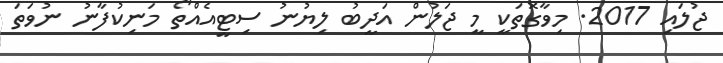
ޖުލައި 2017. މިވާގޮތަކީ މީ ޖަލުން އަދީބު ލިޔުނު ސިޓީއެއްތޯ މަނިކުފާނު ނުވަތަ